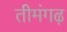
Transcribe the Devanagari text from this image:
तीमंगढ़